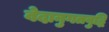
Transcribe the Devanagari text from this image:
वेदानुगतबुद्धि